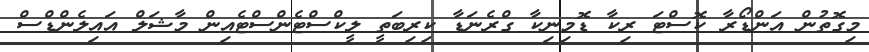
މިގޮތުން އަންޑޯރާ ކޮސްޓަ ރިކާ ޑޮމިނިކާ ގްރެނަޑާ ކިރިބަތީ ލީކްސްޓެންސްޓެއިން މާޝަލް އައިލެންޑްސް